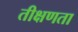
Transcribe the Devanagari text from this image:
तीक्षणता